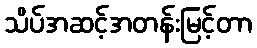
သိပ်အဆင့်အတန်းမြင့်တာ